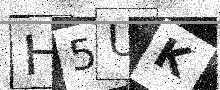
Text: H5UK